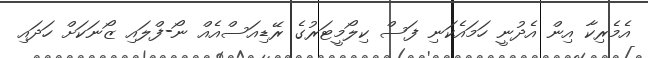
އެމެރިކާ އިން އެދުނީ ހަމައެކަނި ފަސް ކިލޯމީޓަރުގެ ރޭޑިއަސްއެއް ނޯ-ފްލައި ޒޯނަކަށް ހަދައި